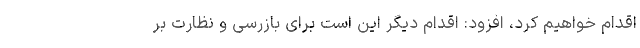
اقدام خواهیم کرد، افزود: اقدام دیگر این است برای بازرسی و نظارت بر